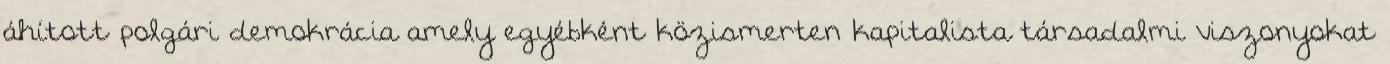
áhított polgári demokrácia amely egyébként közismerten kapitalista társadalmi viszonyokat